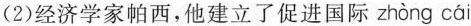
(2)经济学家帕西，他建立了促进国际zhòng cái